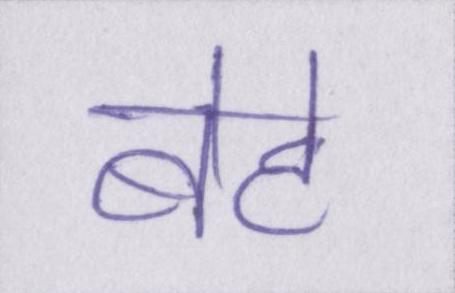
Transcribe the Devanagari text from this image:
बेटे